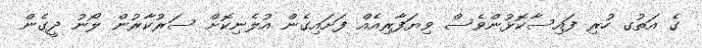
ގެ އަތުގ ހުރި ފައިސާކޮޅުންވެސް ވިޔަފާރިއެއް ފަށައިގެން އުލެނިކޮށް ސަރުކާރުން ލޯނު ދީގެން